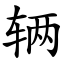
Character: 辆